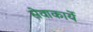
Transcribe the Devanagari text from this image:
सेवाकार्ये